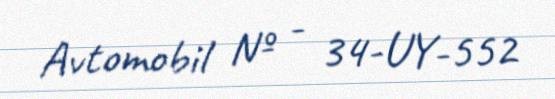
Avtomobil № - 34-UY-552